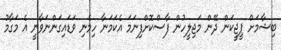
ބިޝާމަށް ޕީޖީކަން ދޭން މަޖިލީހުން ފާސްކޮށްފިނަމަ އެކަމަނާ ހިމެނި ވަޑައިގަންނަވާނީ އެ މަގާމު